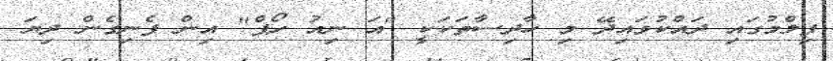
ފިލްމުގައި ދައްކުވައިދޭ މި ހާދިސާތަކަކީ "އަ ނިއު ހޯޕް" އިން ފެނިގެން ދިޔަ